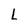
Character: L